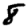
Digit: 8